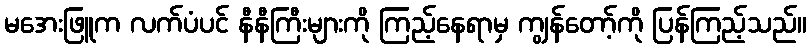
မအေးဖြူက လက်ပံပင် နီနီကြီးများကို ကြည့်နေရာမှ ကျွန်တော့်ကို ပြန်ကြည့်သည်။